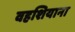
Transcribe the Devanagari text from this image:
वहशियाना